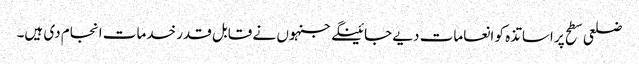
ضلعی سطح پر اساتذہ کو انعامات دیے جائینگے جنہوں نے قابل قدر خدمات انجام دی ہیں۔